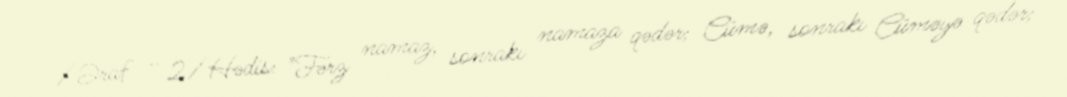
/Əraf - 2/Hədis: "Fərz namaz, sonrakı namaza qədər; Cümə, sonrakı Cüməyə qədər;